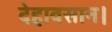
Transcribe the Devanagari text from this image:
देहावसान।